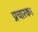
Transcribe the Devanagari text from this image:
प्रचारक।